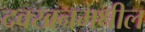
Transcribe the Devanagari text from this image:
दक्खनमधील